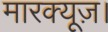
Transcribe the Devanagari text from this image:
मारक्यूज़।